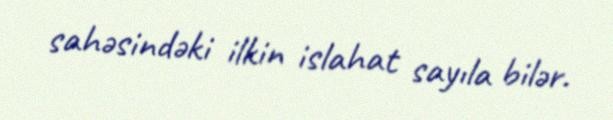
sahəsindəki ilkin islahat sayıla bilər.